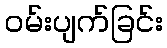
ဝမ်းပျက်ခြင်း